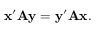
\mathbf { x } ^ { \prime } \mathbf { A } \mathbf { y } = \mathbf { y } ^ { \prime } \mathbf { A } \mathbf { x } .